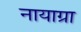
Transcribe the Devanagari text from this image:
नायाग्रा